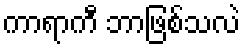
ကာရာကီ ဘာဖြစ်သလဲ